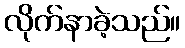
လိုက်နာခဲ့သည်။